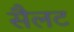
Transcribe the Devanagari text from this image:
सैलट